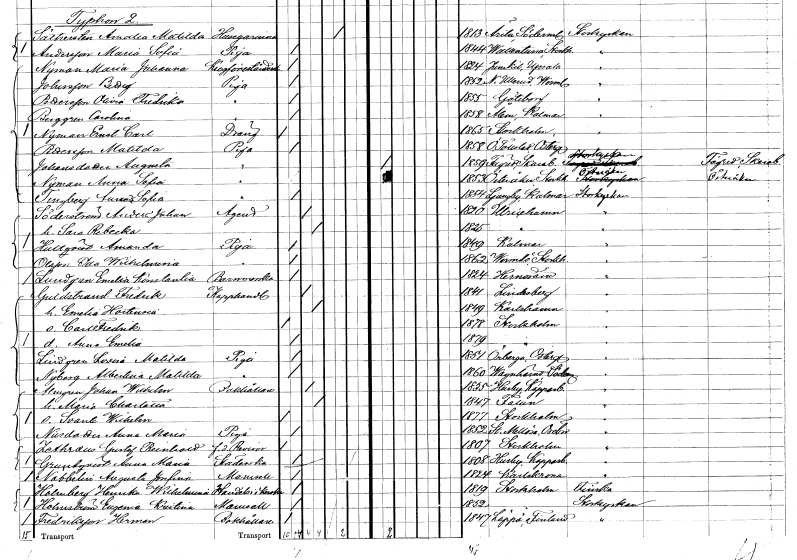
gt_parse: households: individuals: FN: Matilda
EN: Pettersson
YRKE: Piga
KON: K
CIV: O
FODAR: 1858
FODFORS: Östra Tollstad Östergötlands län
FN: Augusta
EN: Johansdotter
YRKE: Piga
KON: K
CIV: O
FODAR: 1859
FODFORS: Fägre Skaraborgs län
FN: Anna Sofia
EN: Nyman
YRKE: Piga
KON: K
CIV: O
FODAR: 1853
FODFORS: Österåker Stockholms län
FN: Anna Sofia
EN: Tingberg
YRKE: Piga
KON: K
CIV: O
FODAR: 1854
FODFORS: Ljungby Kalmar län
FN: Anders Johan
EN: Söderström
YRKE: Agent
KON: M
CIV: G
FODAR: 1850
FODFORS: Ulricehamn Älvsborgs län
FN: Sara Rebecka
KON: K
CIV: G
FODAR: 1825
FODFORS: Ulricehamn Älvsborgs län
FN: Amanda
EN: Hultström
YRKE: Piga
KON: K
CIV: O
FODAR: 1849
FODFORS: Kalmar Kalmar län
FN: Ida Wilhelmina
EN: Olsson
YRKE: Piga
KON: K
CIV: O
FODAR: 1862
FODFORS: Värmdö Stockholms län
FN: Emelia Konstantia
EN: Lundgren
YRKE: Barnmorska
KON: K
CIV: O
FODAR: 1824
FODFORS: Härnösand Västernorrlands län
FN: Fredrik
EN: Guldstrand
YRKE: Kapphandlande
KON: M
CIV: G
FODAR: 1841
FODFORS: Lindesberg Örebro län
FN: Emelia Hortensia
KON: K
CIV: G
FODAR: 1849
FODFORS: Karlshamn Blekinge län
FN: Carl Fredrik
KON: M
CIV: O
FODAR: 1878
FODFORS: Stockholm
FN: Anna Emelia
KON: K
CIV: O
FODAR: 1879
FODFORS: Stockholm
FN: Lovisa Matilda
EN: Lindgren
YRKE: Piga
KON: K
CIV: O
FODAR: 1851
FODFORS: Örberga Östergötlands län
FN: Albertina Matilda
EN: Nyberg
YRKE: Piga
KON: K
CIV: O
FODAR: 1860
FODFORS: Vagnhärad Södermanlands län
FN: Johan Wilhelm
EN: Almgren
YRKE: Bokhållare
KON: M
CIV: G
FODAR: 1835
FODFORS: Husby Kopparbergs län
FN: Maria Charlotta
KON: K
CIV: G
FODAR: 1847
FODFORS: Falun Kopparbergs län
FN: Svante Wilhelm
KON: M
CIV: O
FODAR: 1877
FODFORS: Stockholm
FN: Anna Maria
EN: NIlsdotter
YRKE: Piga
KON: K
CIV: O
FODAR: 1852
FODFORS: Stora Mellösa Örebro län
FN: Gustaf Reinhold
EN: Sethraus
YRKE: Revisor f.d.
KON: M
CIV: O
FODAR: 1807
FODFORS: Stockholm
FN: Anna Maria
EN: Grundqvist
YRKE: Städerska
KON: K
CIV: O
FODAR: 1808
FODFORS: Husby Kopparbergs län
FN: Augusta Josefina
EN: Nabbelin
KON: K
CIV: O
FODAR: 1824
FODFORS: Karlskrona Blekinge län
FN: Henrika Wilhelmina
EN: Holmberg
YRKE: Handelsidkerska
KON: K
CIV: O
FODAR: 1819
FODFORS: Stockholm
FN: Eugenia Kristina
EN: Holmström
KON: K
CIV: O
FODAR: 1852
FODFORS: Stockholm
FN: Herman
EN: Fredriksson
YRKE: Bokhållare
KON: M
CIV: O
FODAR: 1847